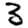
Digit: 3